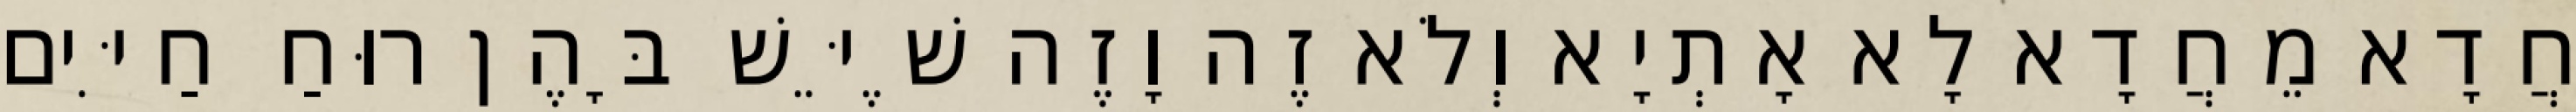
חֲדָא מֵחֲדָא לָא אָתְיָא וְלֹא זֶה וָזֶה שֶׁיֵּשׁ בָּהֶן רוּחַ חַיִּים